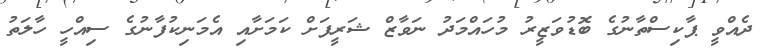
ދެއްވީ ޕާކިސްތާނުގެ ބޮޑުވަޒީރު މުހައްމަދު ނަވާޒް ޝަރީފަށް ކަމަށާއި އެމަނިކުފާނުގެ ސިއްހީ ހާލަތު